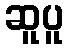
ဆူပူ